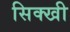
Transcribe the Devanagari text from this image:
सिक्खी